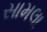
સામલા